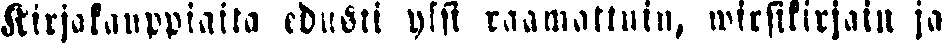
Kirjakauppiaita edusti yksi raamattuin, wirsikirjain ja